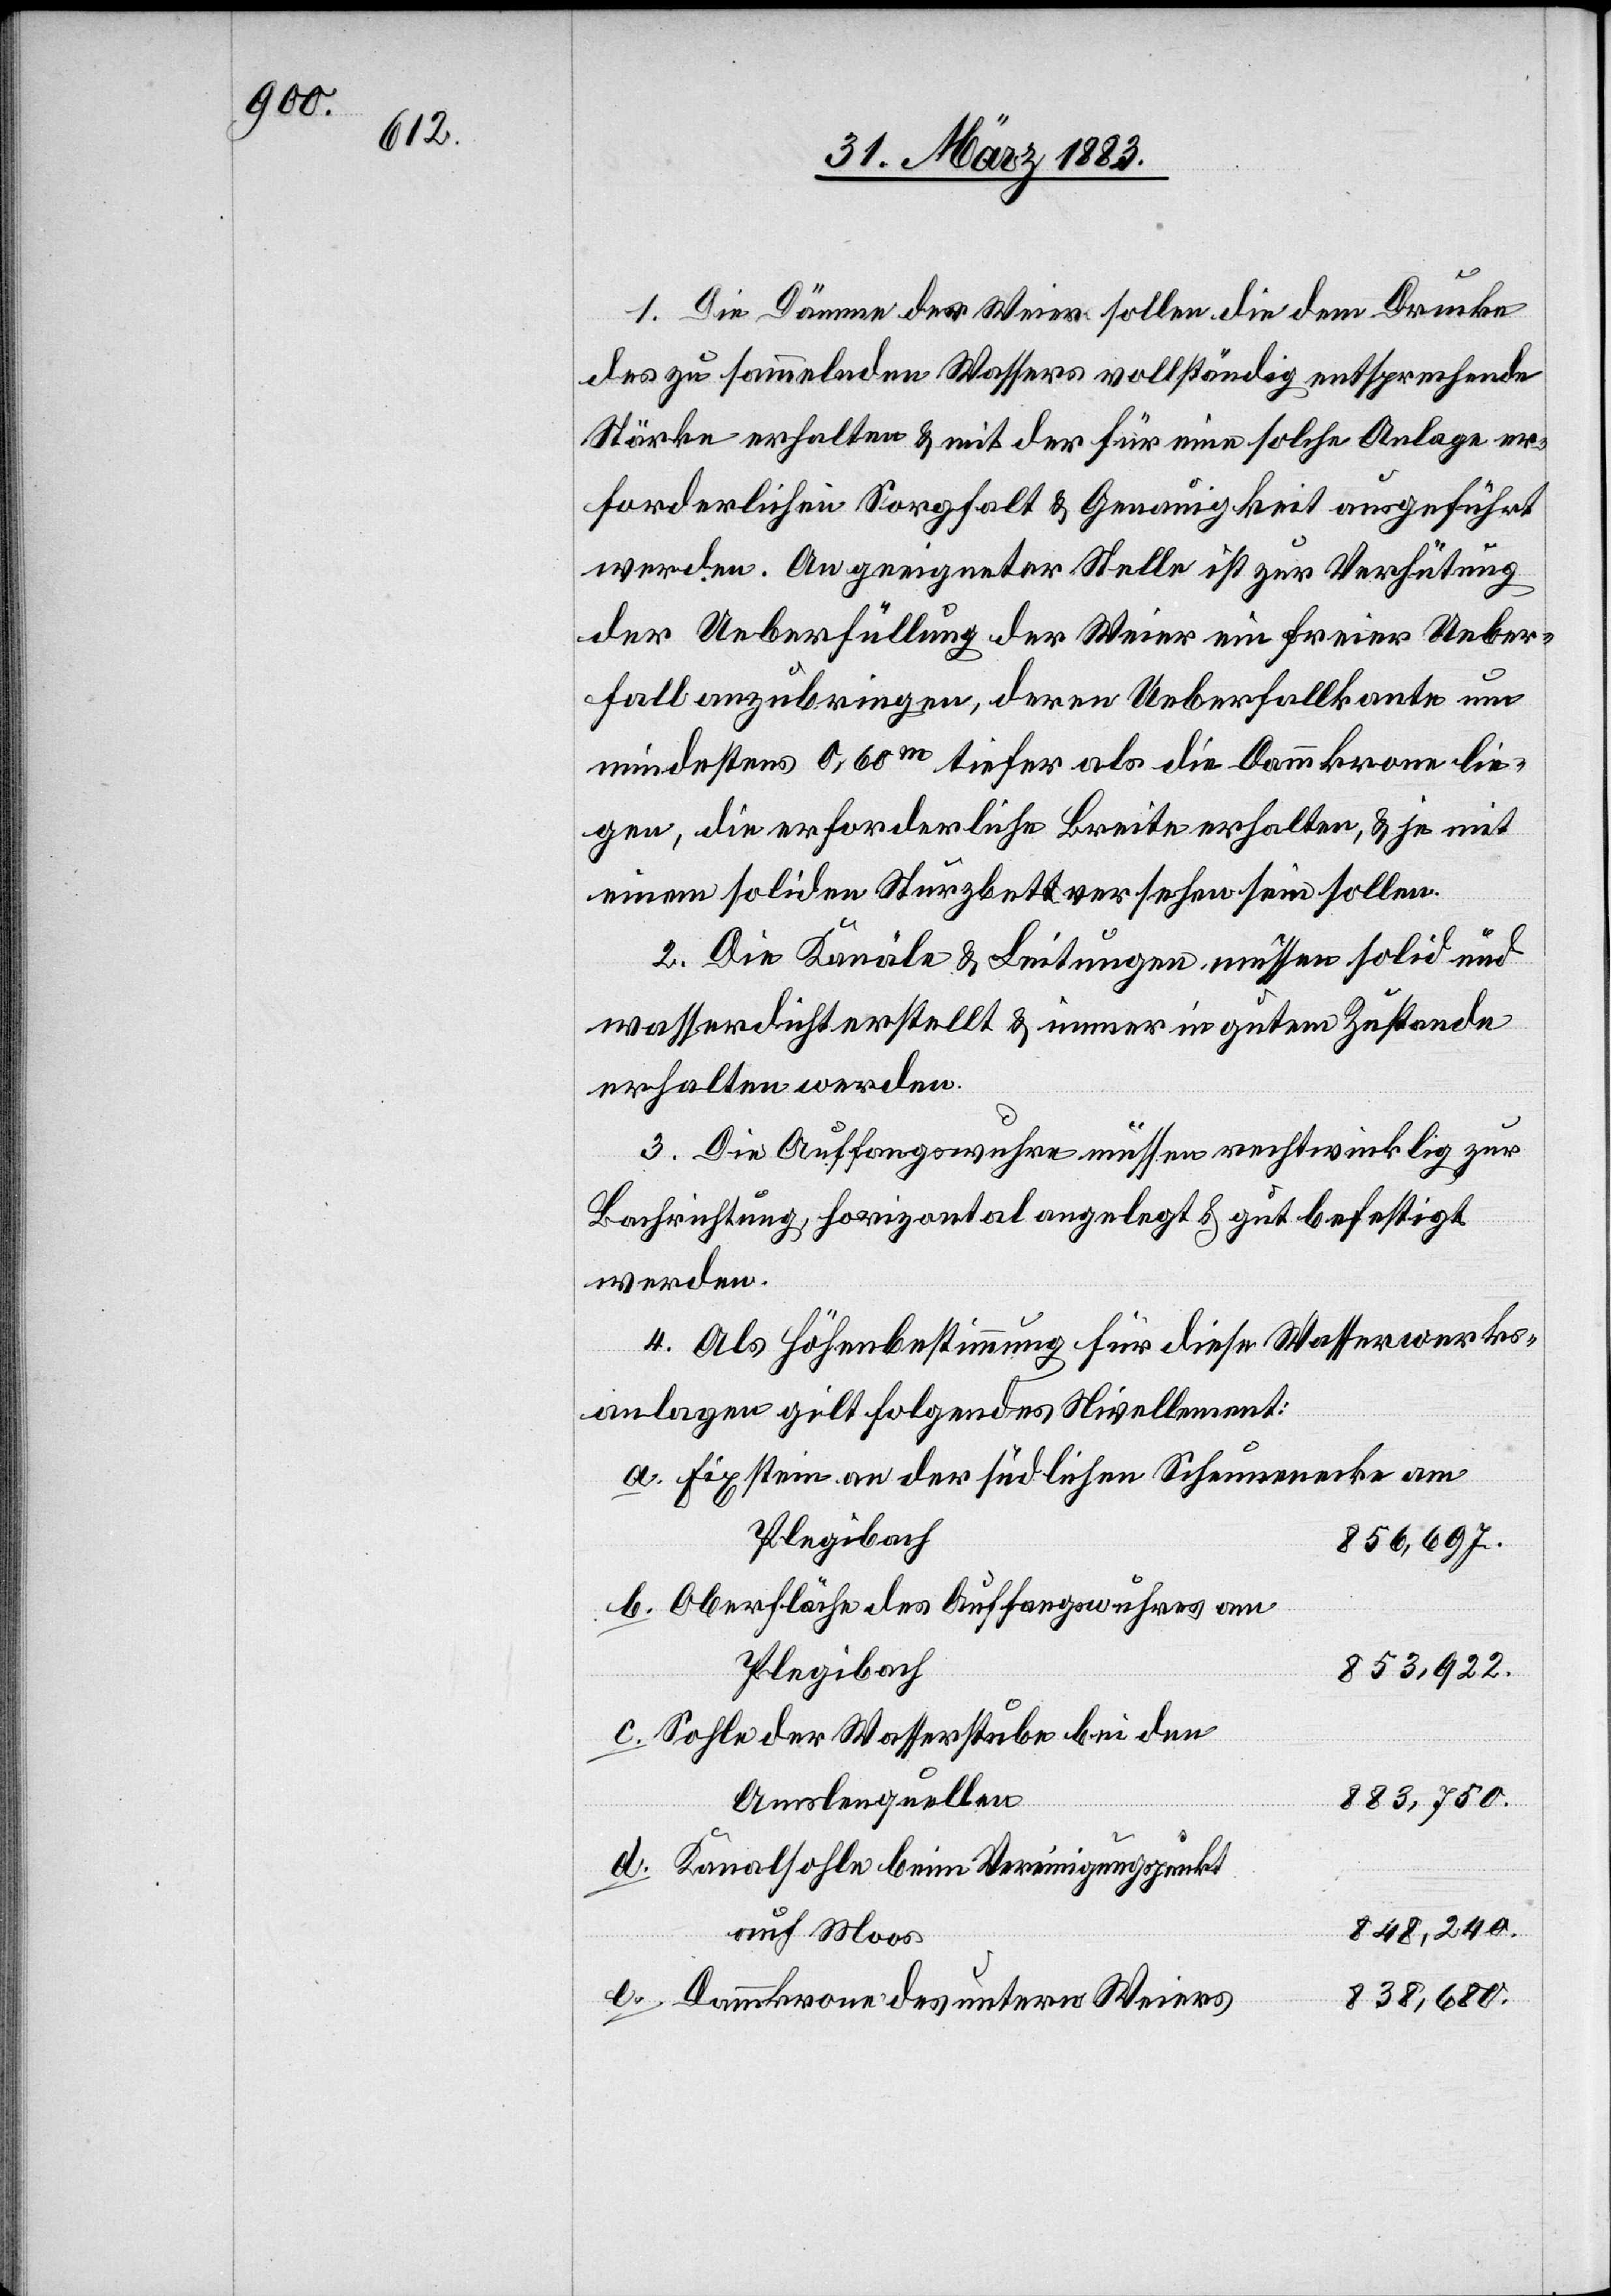
1. Die Dämme der Weier sollen die dem Drucke
des zu sammelnden Wassers vollständig entsprechende
Stärke erhalten & mit der für eine solche Anlage er¬
forderlichen Sorgfalt & Genauigkeit ausgeführt
werden. An geeigneter Stelle ist zur Verhütung
der Ueberfüllung der Weier ein freier Ueber¬
fall anzubringen, deren Ueberfallkante um
mindestens 0,60m tiefer als die Dammkrone lie¬
gen, die erforderliche Breite erhalten, & je mit
einem soliden Sturzbett versehen sein sollen.
2. Die Kanäle & Leitungen müssen solid und
wasserdicht erstellt & immer in gutem Zustande
erhalten werden.
3. Die Auffangswuhre müssen rechtwinklig zur
Bachrichtung, horizontal angelegt & gut befestigt
werden.
4. Als Höhenbestimmung für diese Wasserwerks¬
anlage gilt folgendes Nivellement:
Fixstein an der südlichen Scheunenecke am
Plegibach
856.697.
Oberfläche des Auffangswuhres am
Plegibach
853,922.
Sohle der Wasserstube bei den
Amslenquellen
883,750.
Kanalsohle beim Vereinigungspunkt
848,240.
auf Moos
838,680.
Dammkrone des untern Weiers